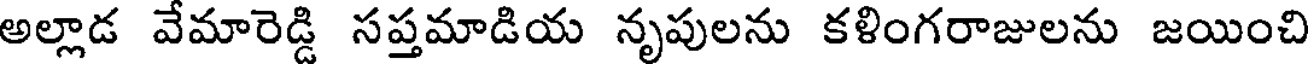
అల్లాడ వేమారెడ్డి సప్తమాడియ నృపులను కళింగరాజులను జయించి